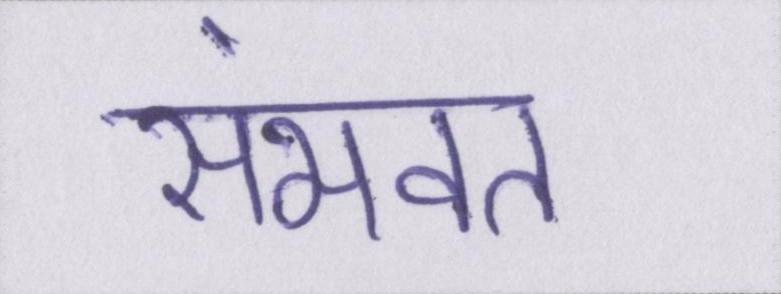
संभवत